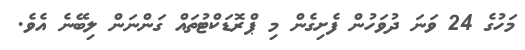
މަހުގެ 24 ވަނަ ދުވަހުން ފެށިގެން މި ޕްރޮޑަކްޓުތައް ގަންނަން ލިބޭނެ އެވެ.